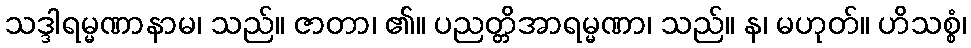
သဒ္ဒါရမ္မဏာနာမ၊ သည်။ ဇာတာ၊ ၏။ ပညတ္တိအာရမ္မဏာ၊ သည်။ န၊ မဟုတ်။ ဟိသစ္စံ၊